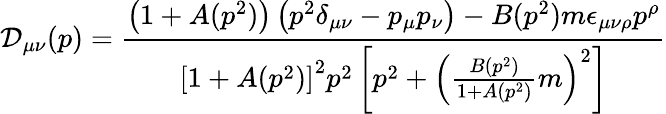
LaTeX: \mathcal{D}_{\mu\nu}(p)=\frac{\left(1+A(p^{2})\right)\left(p^{2}\delta_{\mu\nu}-p_{\mu}p_{\nu}\right)-B(p^{2})m\epsilon_{\mu\nu\rho}p^{\rho}}{\left[1+A(p^{2})\right]^{2}p^{2}\left[p^{2}+\left(\frac{B(p^{2})}{1+A(p^{2})}m\right)^{2}\right]}